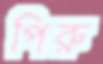
পিরু